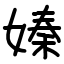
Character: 嫀